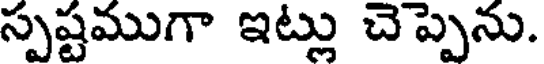
స్పష్టముగా ఇట్లు చెప్పెను.